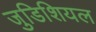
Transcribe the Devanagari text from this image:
जुडिशियल